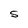
Character: S